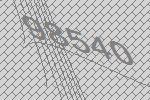
98540